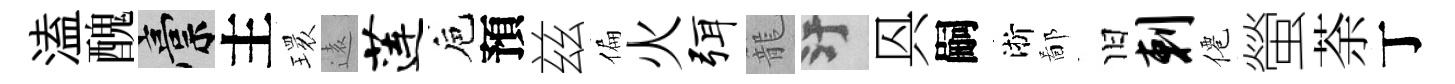
溘醜稿主𤨔逺莲巵預兹偏火弭籠污㒷嗣淅鄙旧剌僊螢荼丁